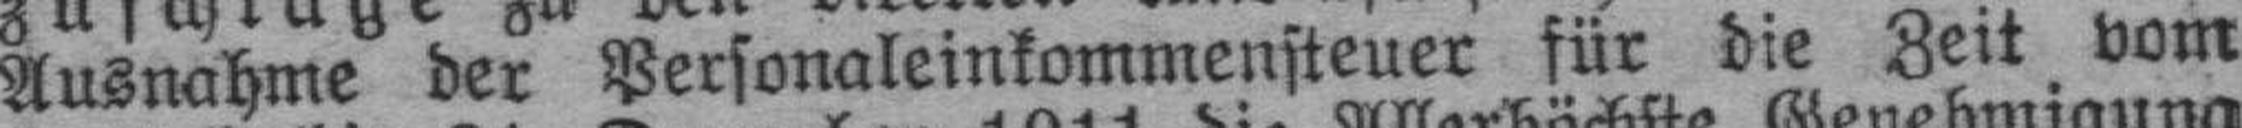
Ausnahme der Personaleinkommensteuer für die Zeit vom